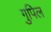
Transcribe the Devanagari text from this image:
गुपिल